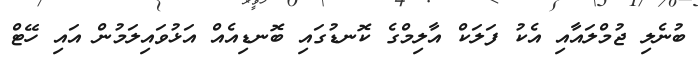
ބުނެލި ޖުމްލައާއި އެކު ފަލަކް އާލިމްގެ ކޮނޑުގައި ބޮނޑިއެއް އަޅުވައިލަމުން އައި ހޭޓް